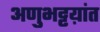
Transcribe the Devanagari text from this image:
अणुभट्टय़ांत